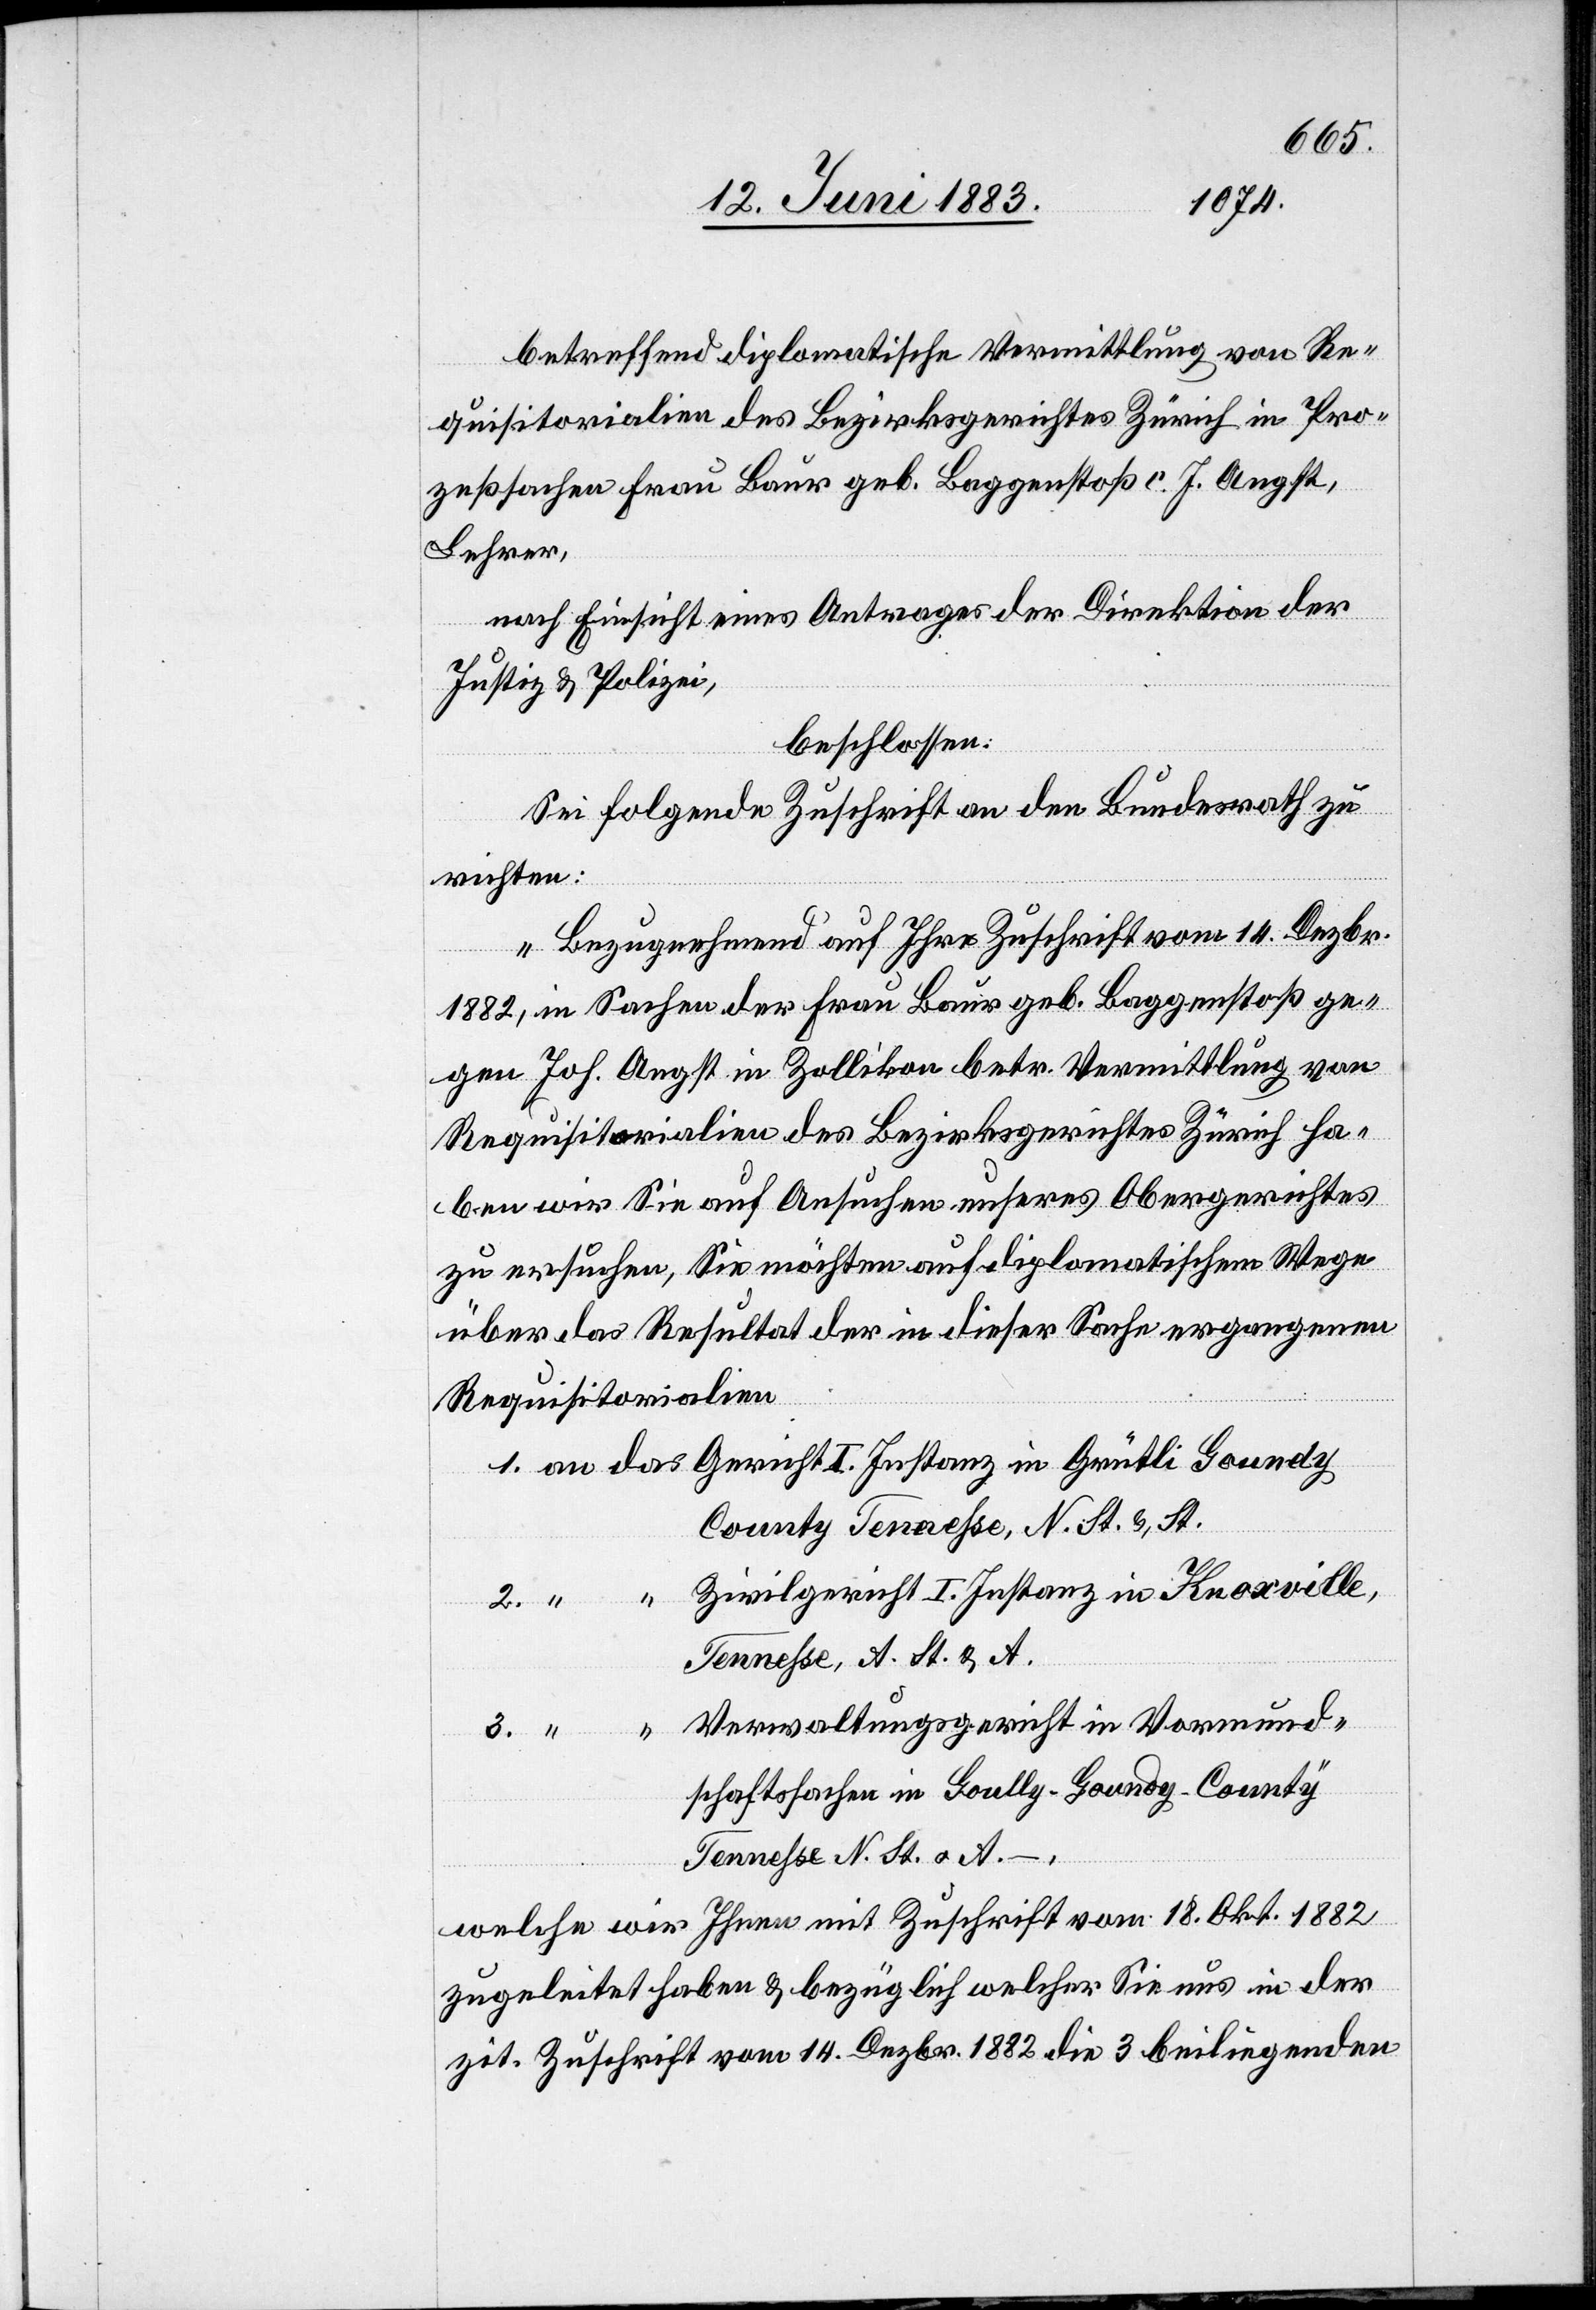
betreffend diplomatische Vermittlung von Re¬
quisitorialen des Bezirksgerichtes Zürich in Pro¬
zeßsachen Frau Baur geb. Baggenstoß c. J. Angst,
Lehrer,
nach Einsicht eines Antrages der Direktion der
Justiz & Polizei,
beschlossen:
Sei folgende Zuschrift an den Bundesrath zu
richten:
„Bezugnehmend auf Ihre Zuschrift vom 14. Dezbr.
1882, in Sachen der Frau Baur geb. Baggenstoß ge¬
gen Joh. Angst in Zollikon betr. Vermittlung von
Requisitorialien des Bezirksgerichtes Zürich ha¬
ben wir Sie auf Ansuchen unseres Obergerichtes
zu ersuchen, Sie möchten auf diplomatischem Wege
über das Resultat der in dieser Sache ergangenen
Requisitorialien
County Teneße, N. St. &, St.
Zivilgericht I. Instanz in Knoxville,
1.
Tenneße, A. St. & A.
Verwaltungsgericht in Vormund¬
schaftssachen in Goully-Goundy-County
Tenneße N. St. o. A.–,
welche wir Ihnen mit Zuschrift vom 18. Okt. 1882
zugeleitet haben & bezüglich welcher Sie uns in der
zit. Zuschrift vom 14. Dezbr. 1882 die 3 beiliegenden